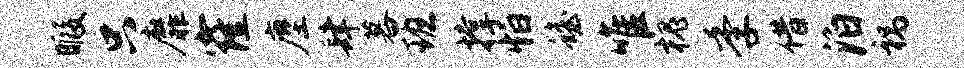
暇只靡窿麈肆暮班撑怕蟾唯槐季借泊祸